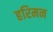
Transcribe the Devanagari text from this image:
हरिमन